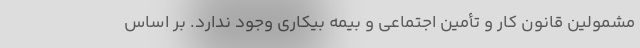
مشمولین قانون کار و تأمین اجتماعی و بیمه بیکاری وجود ندارد. بر اساس